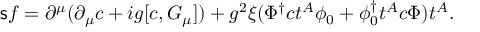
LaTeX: { \sf s } f = \partial ^ { \mu } ( \partial _ { \mu } c + i g [ c , G _ { \mu } ] ) + g ^ { 2 } \xi ( \Phi ^ { \dagger } c t ^ { A } \phi _ { 0 } + \phi _ { 0 } ^ { \dagger } t ^ { A } c \Phi ) t ^ { A } .